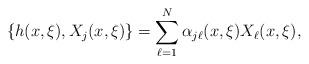
LaTeX: \begin{align*}\{ h (x, \xi) , X_{j}(x, \xi) \} = \sum_{\ell=1}^{N} \alpha_{j\ell}(x,\xi) X_{\ell}(x, \xi) , \end{align*}